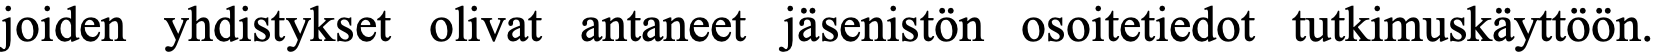
joiden yhdistykset olivat antaneet jäsenistön osoitetiedot tutkimuskäyttöön.